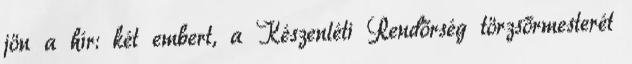
jön a hír: két embert, a Készenléti Rendőrség törzsőrmesterét